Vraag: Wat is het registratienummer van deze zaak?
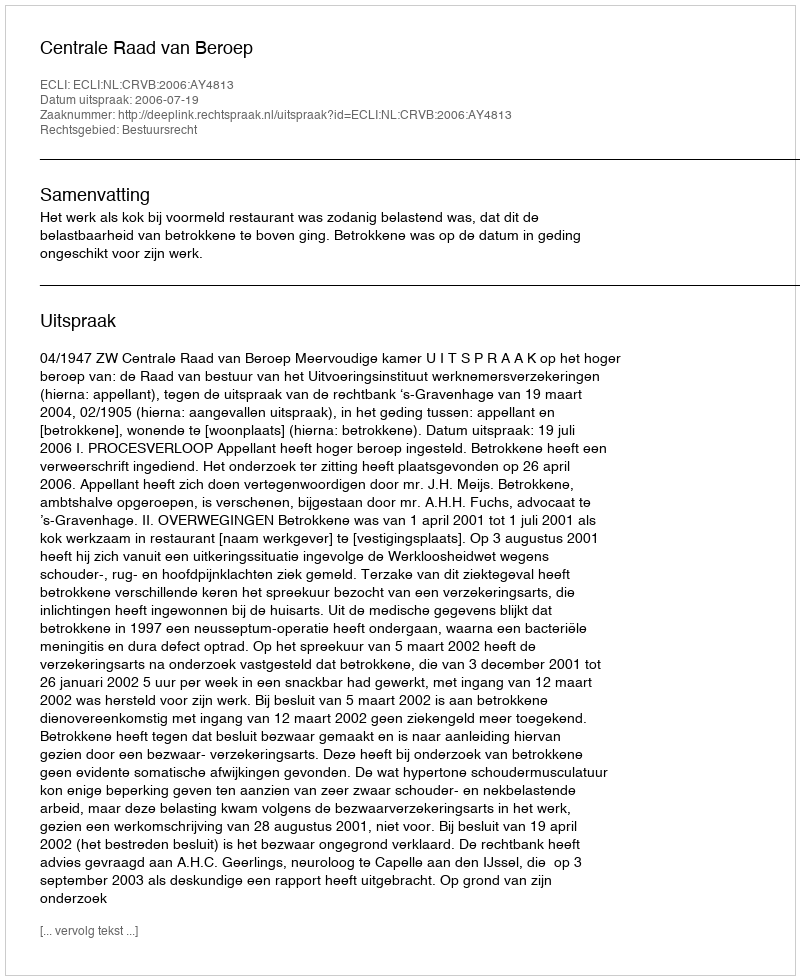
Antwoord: http://deeplink.rechtspraak.nl/uitspraak?id=ECLI:NL:CRVB:2006:AY4813